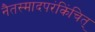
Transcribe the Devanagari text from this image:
नैतस्मादपरंकिंचित्